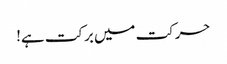
حرکت میں برکت ہے!